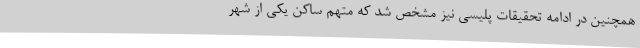
همچنین در ادامه تحقیقات پلیسی نیز مشخص شد که متهم ساکن یکی از شهر